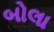
બોલા